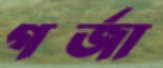
গর্‌জা